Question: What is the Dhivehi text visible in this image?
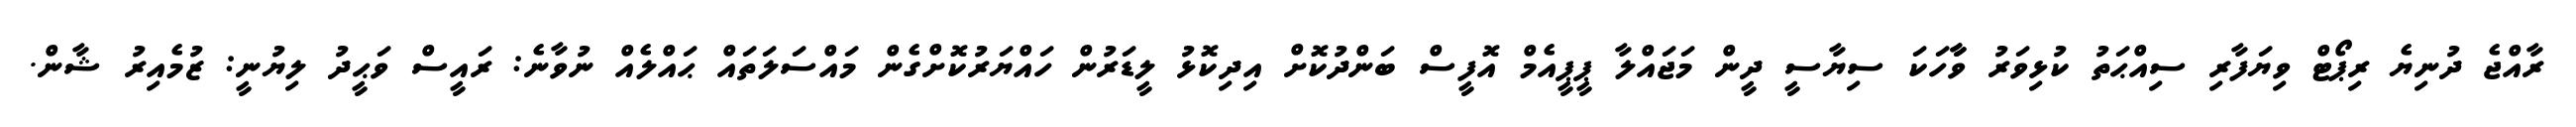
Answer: ރާއްޖެ ދުނިޔެ ރިޕޯޓް ވިޔަފާރި ސިއްޙަތު ކުޅިވަރު ވާާހަކަ ސިޔާސީ ދީން މަޖައްލާ ޕީޕީއެމް އޮފީސް ބަންދުކޮށް އިދިކޮޅު ލީޑަރުން ހައްޔަރުކޮށްގެން މައްސަލަތައް ޙައްލެއް ނުވާނެ: ރައީސް ވަޙީދު ލިޔުނީ: ޒުމެއިރު ޝާން.